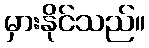
မှားနိုင်သည်။